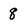
Character: 8